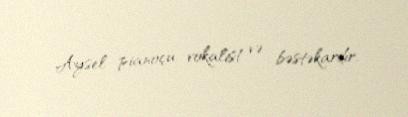
Aysel pianoçu, vokalist və bəstəkardır.